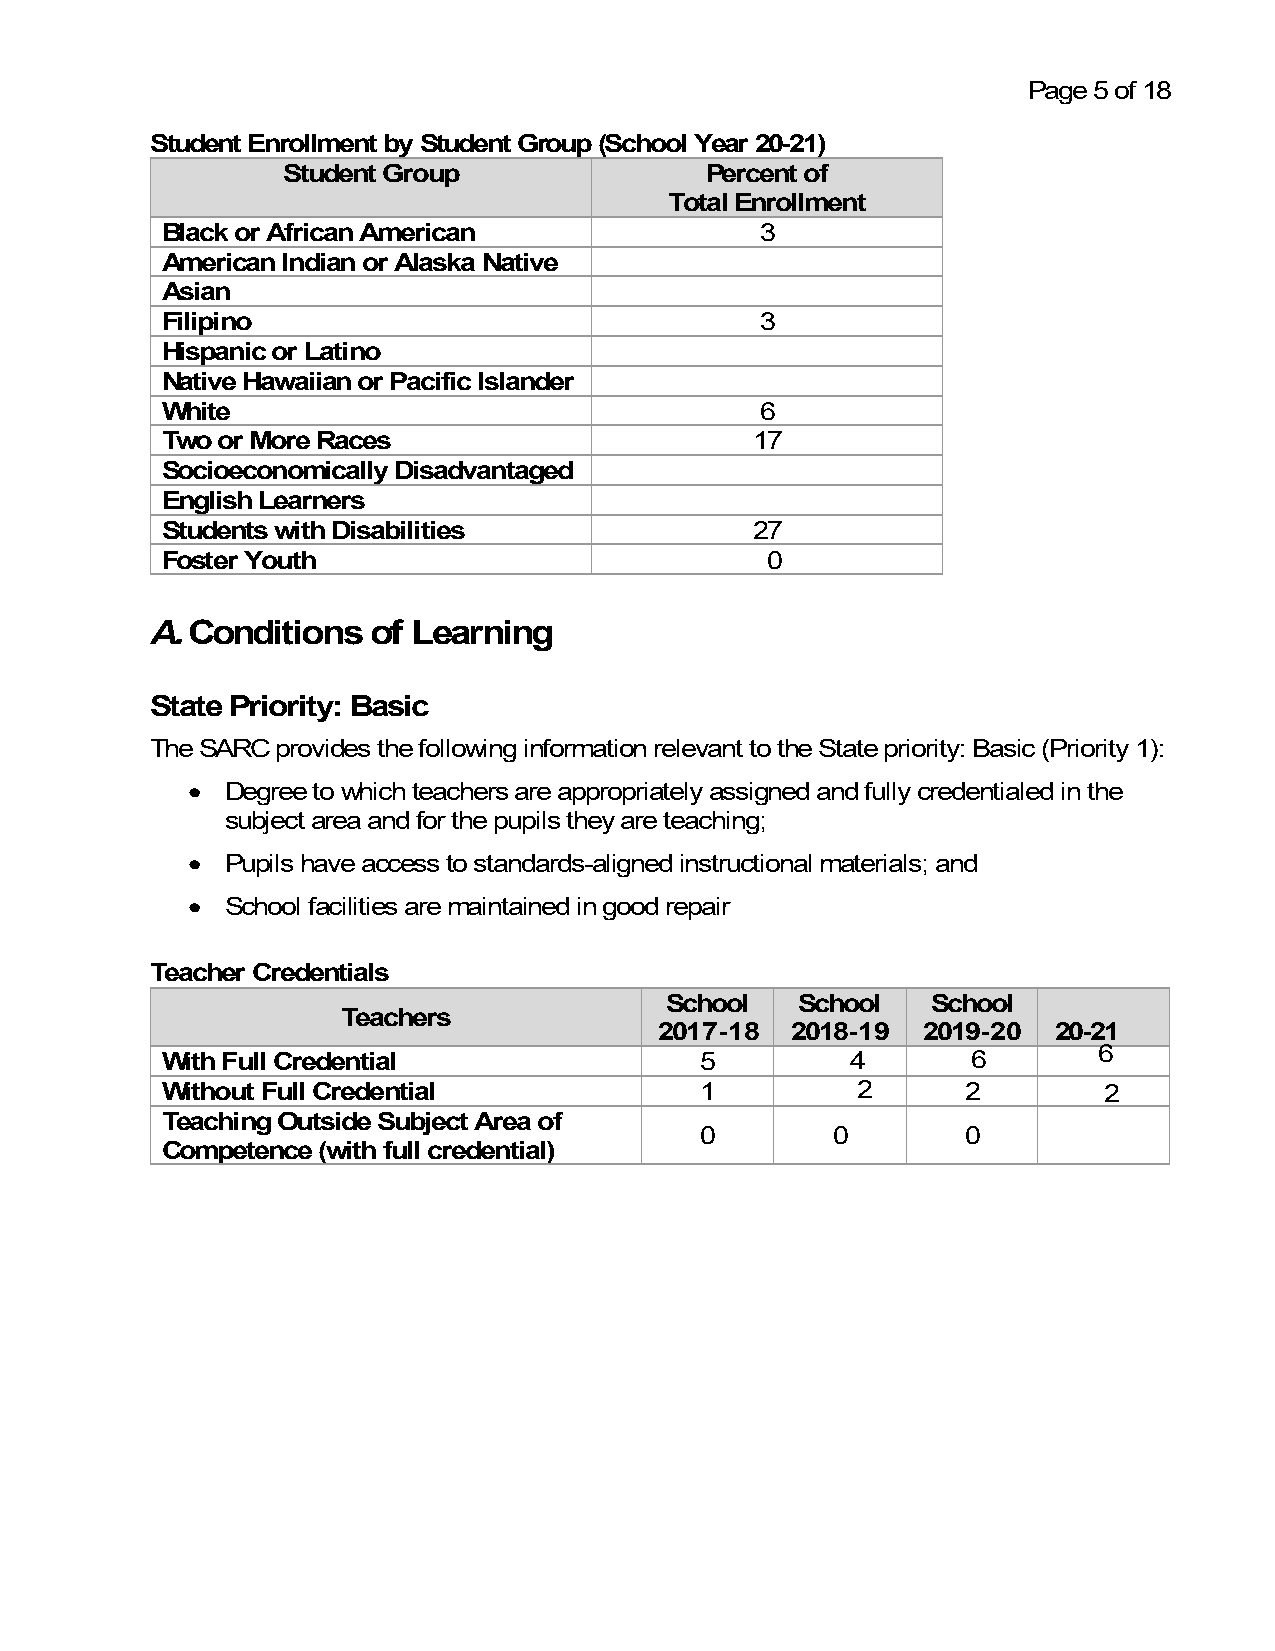
Page 5 of 18
 Student Enrollment by Student Group (School Year 20-21)
 Student Group               Percent of
 Total Enrollment
 Black or African American              3
 American Indian or Alaska Native
 Asian
 Filipino                               3
 Hispanic or Latino
 Native Hawaiian or Pacific Islander
 White                                  6
 Two or More Races                      17
 Socioeconomically Disadvantaged
 English Learners
 Students with Disabilities             27
 Foster Youth                            0
 A. Conditions  of Learning
 State Priority: Basic
 The SARC provides the following information relevant to the State priority: Basic (Priority 1):
 •  Degree to which teachers are appropriately assigned and fully credentialed in the
 subject area and for the pupils they are teaching;
 •  Pupils have access to standards-aligned instructional materials; and
 •  School facilities are maintained in good repair
 Teacher Credentials
 School   School   School
 Teachers
 2017-18 2018-19  2019-20  20-21
 With Full Credential               5         4       6        6
 Without Full Credential            1          2      2        2
 Teaching Outside Subject Area of
 0        0        0
 Competence (with full credential)